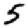
Digit: 5